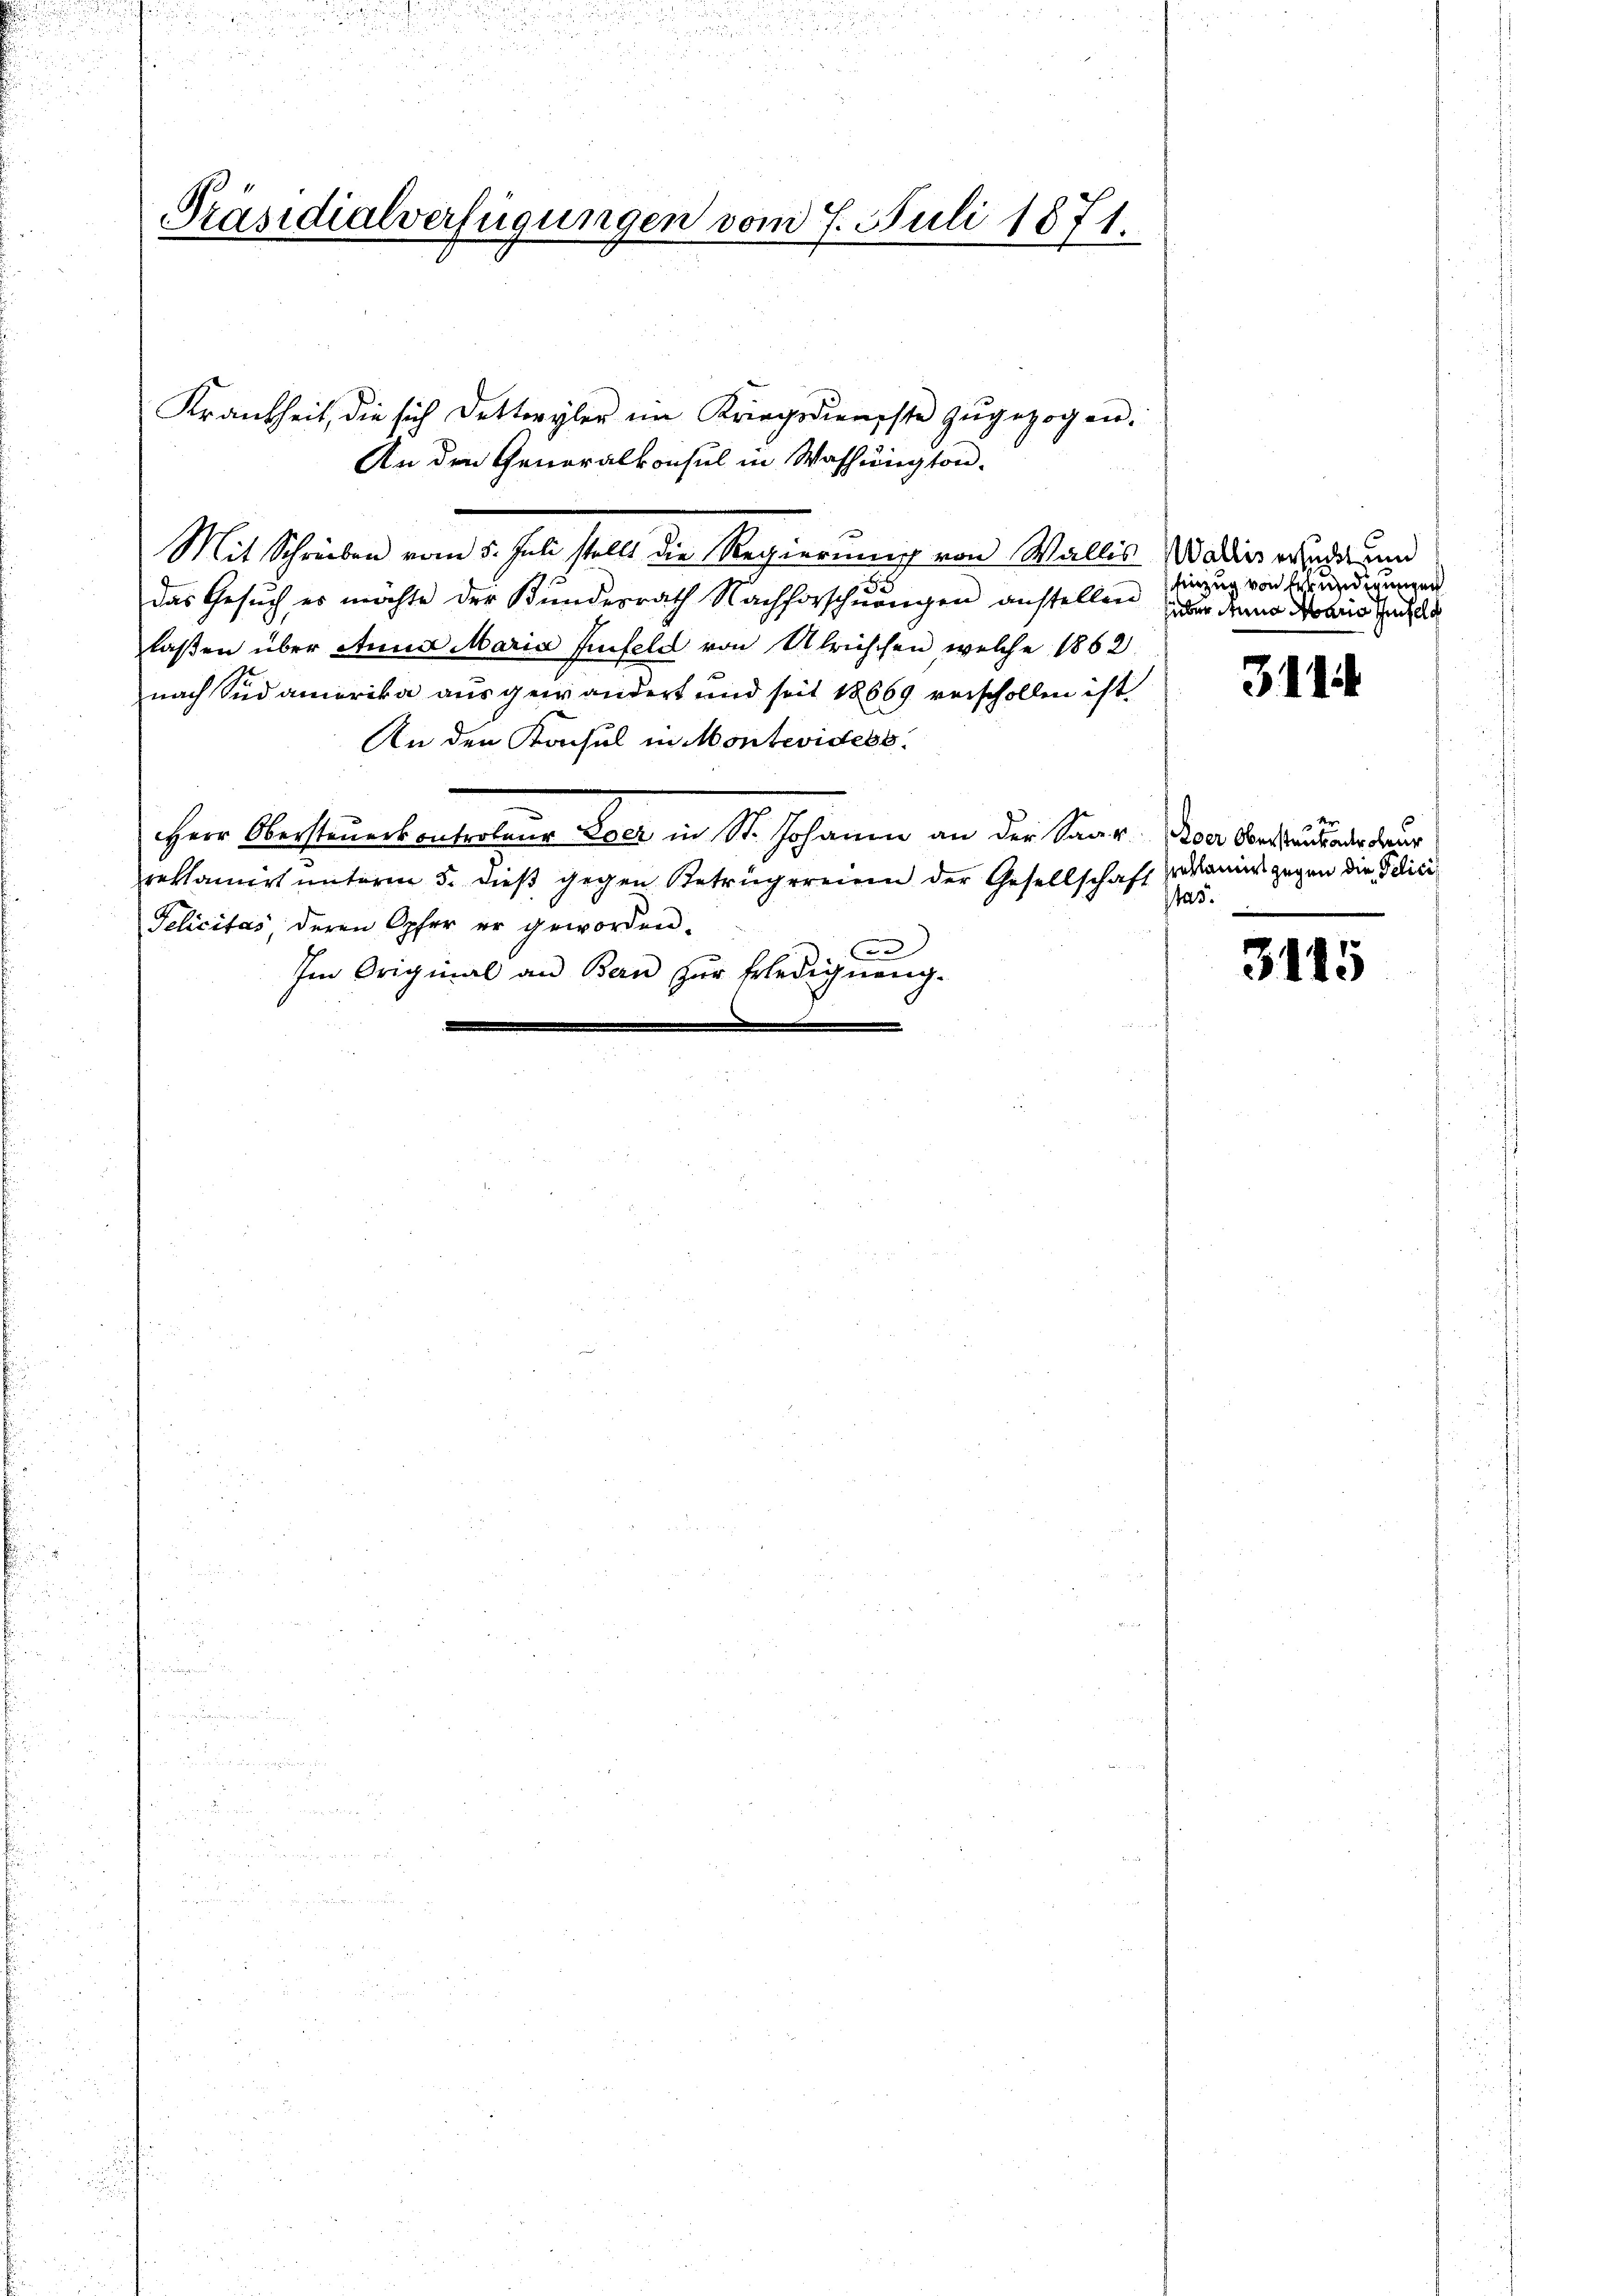
Präsidialverfügungen vom 7. Juli 1871.

Mit Schreiben vom 5. Juli stellt die Regierung von Wallis
S
das Gesuch es möchte der Kundesrath Nachforschnangen anstellen
laßen über Anna Maria Einfeld von Ulrischen welche 1862
nach Südamerika aus gewändert und seit 18669 verschollen ist.
An den Konsul in Montevidess
Herr Obersteuerkontroleur Eger in St. Johann an der Saar
reklamiert unterm 5. dieß gegen Betrugereien der Gesellschaft
Pelicitas deren Opfer er geworden.
2
Im Original an Bau zur Erledigung.

Krankheit, die sich Detteryler im Kriegsdienste zŭgezogen.
An den Generalkonsul in Washington.

Wallis ersucht und
hinzug von Erkundigungen
über den Mario einfeld

311

3115

Loer Oberstaub antroleur
proklamirt gegen die Polici
tas.